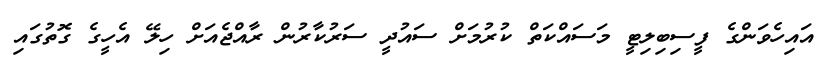
އައިހެވަންގެ ފީސިބިލިޓީ މަސައްކަތް ކުރުމަށް ސައުދީ ސަރުކާރުން ރާއްޖެއަށް ހިލޭ އެހީގެ ގޮތުގައި